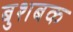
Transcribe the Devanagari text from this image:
बुशबक